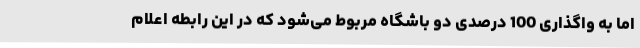
اما به واگذاری 100 درصدی دو باشگاه مربوط می‌شود که در این رابطه اعلام